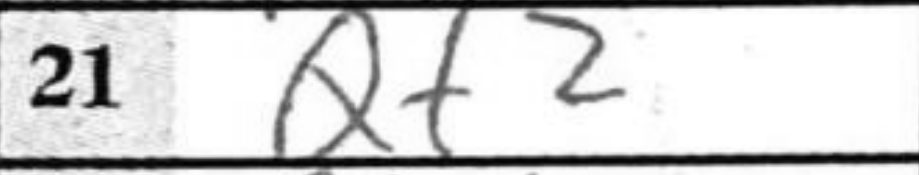
Transcription: Qf2